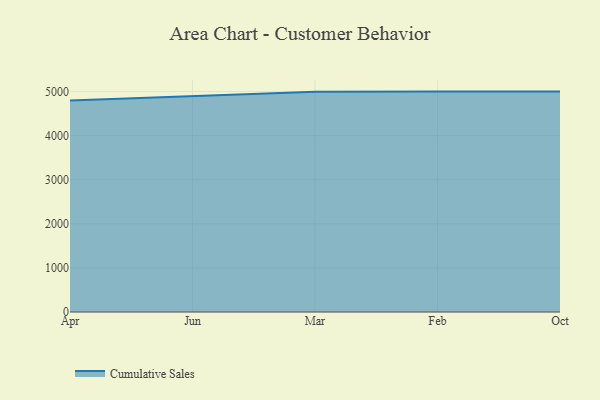
{"axis": {"x": "Month", "y": "Net Income (USD K)"}, "legend": ["Cumulative Sales"], "data": [{"x": "Apr", "y": 4796.1, "type": "Cumulative Sales"}, {"x": "Jun", "y": 4891.5, "type": "Cumulative Sales"}, {"x": "Mar", "y": 4996.0, "type": "Cumulative Sales"}, {"x": "Feb", "y": 5000, "type": "Cumulative Sales"}, {"x": "Oct", "y": 5000, "type": "Cumulative Sales"}]}